Note on the mental hospitals in Burma - 1925-1940
Year: 1925
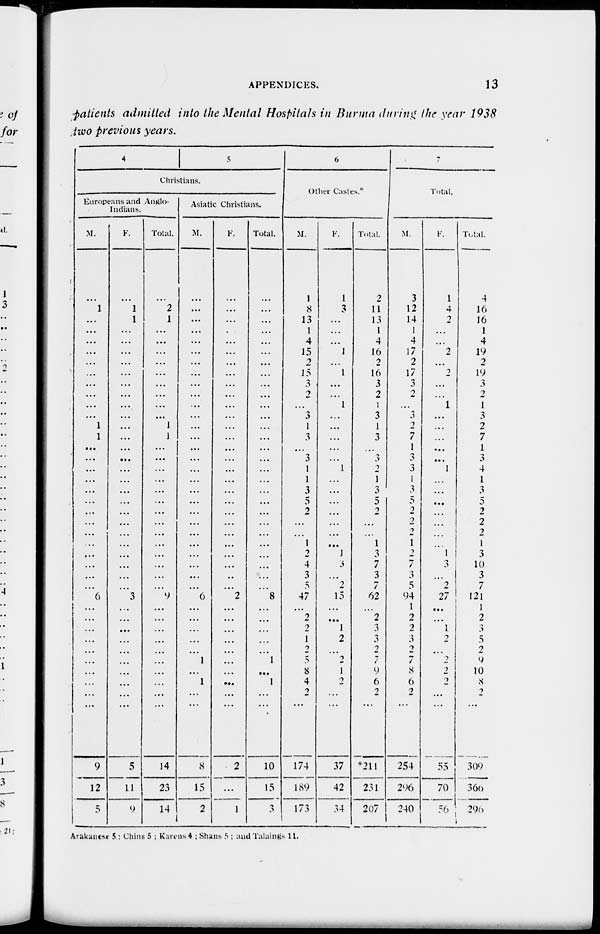
APPENDICES.
13
patients admitted into the Mental Hospitals in Burma during the year 1938
two previous years.
4
5
Christians.
Europeans and Anglo-
Indians.
M.
...
1
...
...
...
...
...
...
...
...
...
...
1
1
...
...
...
...
...
...
...
...
...
...
...
...
...
...
6
...
...
...
...
...
...
...
...
...
...
9
12
5
F.
...
1
1
...
...
...
...
...
...
...
...
...
...
...
...
...
...
...
...
...
...
...
...
...
...
...
...
...
3
...
...
...
...
...
...
...
...
...
...
5
11
9
Total.
...
2
1
...
...
...
...
...
...
...
...
...
1
1
...
...
...
...
...
...
...
...
...
...
...
...
...
...
9
...
...
...
...
...
...
...
...
...
...
14
23
14
Asiatic Christians.
M.
...
...
...
...
...
...
...
...
...
...
...
...
...
...
...
...
...
...
...
...
...
...
...
...
...
...
...
...
6
...
...
...
...
...
1
...
1
...
...
8
15
2
F.
...
...
...
...
...
...
...
...
...
...
...
...
...
...
...
...
...
...
...
...
...
...
...
...
...
...
...
...
2
...
...
...
...
...
...
...
...
...
...
2
...
1
Total.
...
...
...
...
...
...
...
...
...
...
...
...
...
...
...
...
...
...
...
...
...
...
...
...
...
...
...
...
8
...
...
...
...
...
1
...
1
...
...
10
15
3
6
Other Castes.
M.
1
8
13
1
4
15
2
15
3
2
...
3
1
3
...
3
1
1
3
5
2
...
...
1
2
4
3
5
47
...
2
2
1
2
5
8
4
2
...
174
189
173
F.
1
3
...
...
...
1
...
1
...
...
1
...
...
...
...
...
1
...
...
...
...
...
...
...
1
3
...
2
15
...
...
1
2
...
2
1
2
...
...
37
42
34
Total.
2
11
13
1
4
16
2
16
3
2
1
3
1
3
...
3
2
1
3
5
2
...
...
1
3
7
3
7
62
...
2
3
3
2
7
9
6
2
...
*211
231
207
7
Total.
M.
3
12
14
1
4
17
2
17
3
2
...
3
2
7
1
3
3
1
3
5
2
2
2
1
2
7
3
5
94
1
2
2
3
2
7
8
6
2
...
254
296
240
F.
1
4
2
...
...
2
...
2
...
...
1
...
...
...
...
...
1
...
...
...
...
...
...
...
1
3
...
2
27
...
...
1
2
...
2
2
2
...
...
55
70
56
Total.
4
16
16
1
4
19
2
19
3
2
1
3
2
7
1
3
4
1
3
5
2
2
2
1
3
10
3
7
121
1
2
3
5
2
9
10
8
2
...
309
366
296
Arakanese 5; Chins 5 ; Karens 4 ; Shans. 5 ; and Talaings 11.